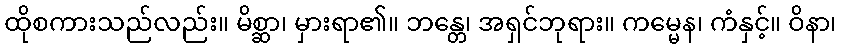
ထိုစကားသည်လည်း။ မိစ္ဆာ၊ မှားရာ၏။ ဘန္တေ၊ အရှင်ဘုရား။ ကမ္မေန၊ ကံနှင့်။ ဝိနာ၊